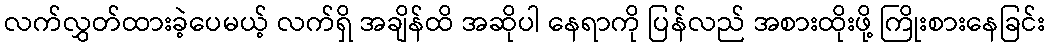
လက်လွှတ်ထားခဲ့ပေမယ့် လက်ရှိ အချိန်ထိ အဆိုပါ နေရာကို ပြန်လည် အစားထိုးဖို့ ကြိုးစားနေခြင်း